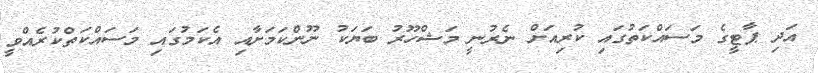
އަދި ޕާޓީގެ މަސައްކަތުގައި ކުރިއަށް ނެރުނީ މަޝްހޫރު ބަޔަކު ނޫންކަމަށާއި އެކަމުގައި މަސައްކަތްކުރެއްވީ